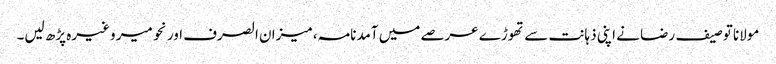
مولانا توصیف رضا نے اپنی ذہانت سے تھوڑے عرصے میں آمدنامہ، میزان الصرف اور نحو میر وغیرہ پڑھ لیں۔